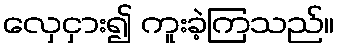
လှေငှား၍ ကူးခဲ့ကြသည်။